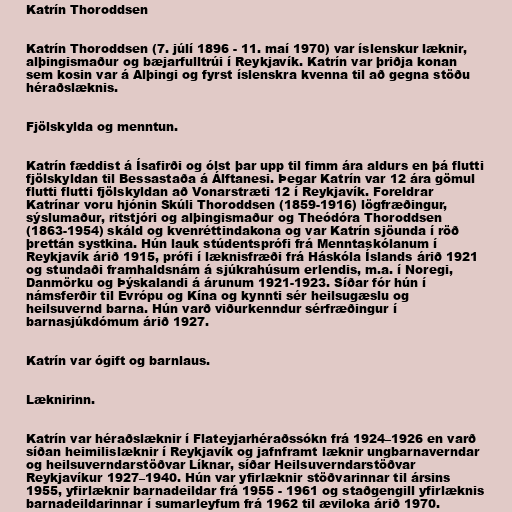
Katrín Thoroddsen

Katrín Thoroddsen (7. júlí 1896 - 11. maí 1970) var íslenskur læknir,
alþingismaður og bæjarfulltrúi í Reykjavík. Katrín var þriðja konan
sem kosin var á Alþingi og fyrst íslenskra kvenna til að gegna stöðu
héraðslæknis.

Fjölskylda og menntun.

Katrín fæddist á Ísafirði og ólst þar upp til fimm ára aldurs en þá flutti
fjölskyldan til Bessastaða á Álftanesi. Þegar Katrín var 12 ára gömul
flutti flutti fjölskyldan að Vonarstræti 12 í Reykjavík. Foreldrar
Katrínar voru hjónin Skúli Thoroddsen (1859-1916) lögfræðingur,
sýslumaður, ritstjóri og alþingismaður og Theódóra Thoroddsen
(1863-1954) skáld og kvenréttindakona og var Katrín sjöunda í röð
þrettán systkina. Hún lauk stúdentsprófi frá Menntaskólanum í
Reykjavík árið 1915, prófi í læknisfræði frá Háskóla Íslands árið 1921
og stundaði framhaldsnám á sjúkrahúsum erlendis, m.a. í Noregi,
Danmörku og Þýskalandi á árunum 1921-1923. Síðar fór hún í
námsferðir til Evrópu og Kína og kynnti sér heilsugæslu og
heilsuvernd barna. Hún varð viðurkenndur sérfræðingur í
barnasjúkdómum árið 1927.

Katrín var ógift og barnlaus.

Læknirinn.

Katrín var héraðslæknir í Flateyjarhéraðssókn frá 1924–1926 en varð
síðan heimilislæknir í Reykjavík og jafnframt læknir ungbarnaverndar
og heilsuverndarstöðvar Líknar, síðar Heilsuverndarstöðvar
Reykjavíkur 1927–1940. Hún var yfirlæknir stöðvarinnar til ársins
1955, yfirlæknir barnadeildar frá 1955 - 1961 og staðgengill yfirlæknis
barnadeildarinnar í sumarleyfum frá 1962 til æviloka árið 1970.